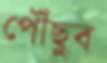
পৌঁছুব